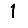
Digit: 1